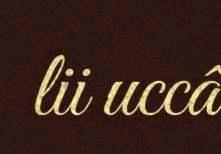
lii uccâ